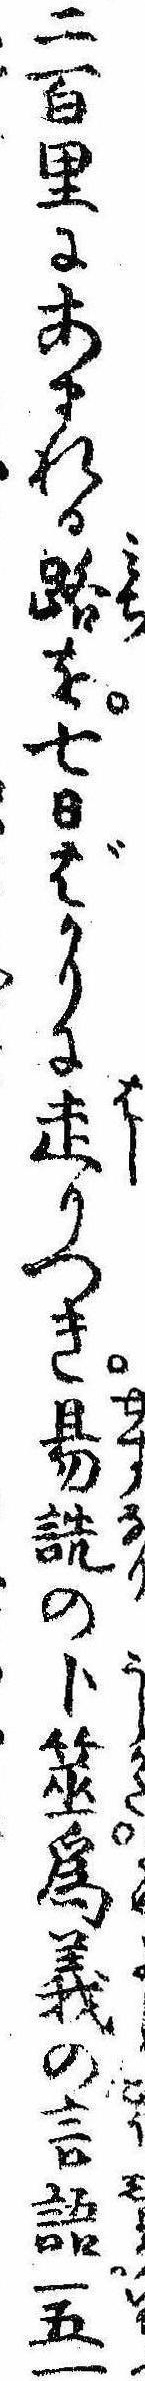
二百里にあまれる路を七日ばかりに走りつき易詵の卜筮為義の言語一五一